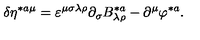
\delta \eta ^ { * a \mu } = \varepsilon ^ { \mu \sigma \lambda \rho } \partial _ { \sigma } B _ { \lambda \rho } ^ { * a } - \partial ^ { \mu } \varphi ^ { * a } .